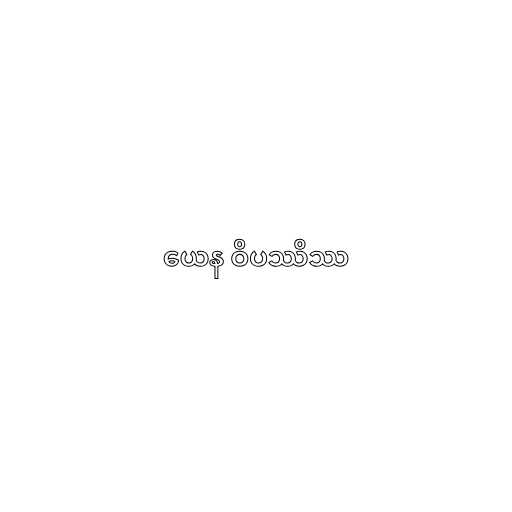
ယေန ဝိပဿိဿ